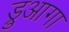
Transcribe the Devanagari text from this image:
ड्रुआगा